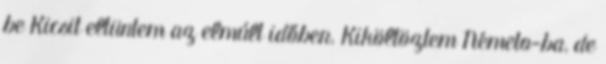
be Kicsit eltüntem az elmúlt időben. Kiköltöztem Németo-ba, de